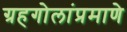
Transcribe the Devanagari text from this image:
ग्रहगोलांप्रमाणे